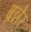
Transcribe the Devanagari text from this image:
ब्रन्नेर